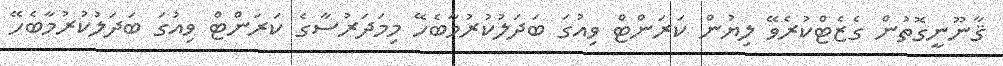
ޤާނޫނީގޮތުން ގެޒެޓްކުރެވޭ ލިޔުން ކަރަންޓް ވިއުގަ ބަދަލުކުރުމާބެހޭ މިމަދަރުސާގެ ކަރަންޓް ވިއުގަ ބަދަލުކުރުމާބެހޭ